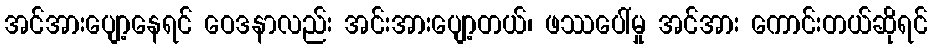
အင်အားပျော့နေရင် ဝေဒနာလည်း အင်းအားပျော့တယ်၊ ဖဿပေါ်မှု အင်အား ကောင်းတယ်ဆိုရင်